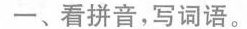
一、看拼音，写词语。